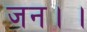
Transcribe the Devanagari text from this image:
जन।।